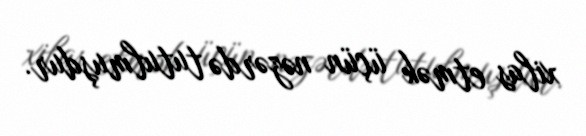
xilas etmək üçün nəzərdə tutulmuşdur.